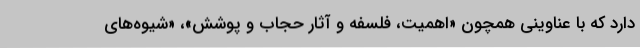
دارد که با عناوینی همچون «اهمیت، فلسفه و آثار حجاب و پوشش»، «شیوه‌های